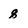
Character: q